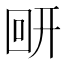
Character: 𰐋